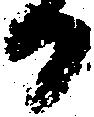
日